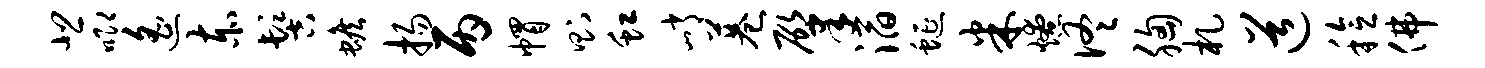
悲唧遥赤髻蟾扬丙帽则虹峭巷肇滔蜒米燎佟胸札道稔佛